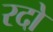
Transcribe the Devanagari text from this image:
रदो